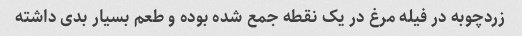
زردچوبه در فیله مرغ در یک نقطه جمع شده بوده و طعم بسیار بدی داشته